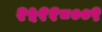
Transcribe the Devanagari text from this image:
२५११८००९